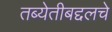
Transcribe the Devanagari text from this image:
तब्येतीबद्दलचे